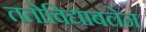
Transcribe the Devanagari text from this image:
ततोविद्याबलेन